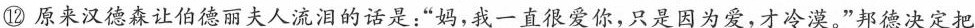
⑫原来汉德森让伯德丽夫人流泪的话是：”妈，我一直很爱你，只是因为爱，才冷漠。”邦德决定把